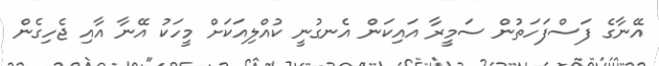
އޭނާގެ ފަސްފަހަތުން ސަމީރާ އައިކަން އެނގުނީ ކުއްލިއަކަށް މީހަކު އޭނާ އާއި ޖެހިގެން